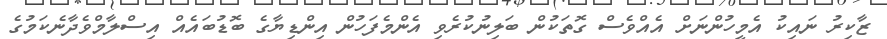
ޒާކިރު ނައިކު އެމީހުންނަށް އެއްވެސް ގޮތަކުން ބަލިނުކުރެވި އެންމެފަހުން އިންޑިޔާގެ ބޮޑުބައެއް އިސްލާމްވެދާނެކަމުގެ